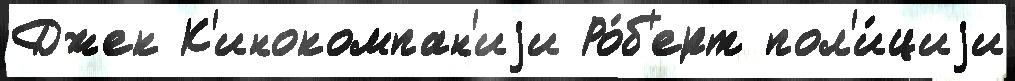
Джек К'инокомпан'иjи Ро́б'ерт пол'и́циjи